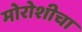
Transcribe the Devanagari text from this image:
मोरोशीचा